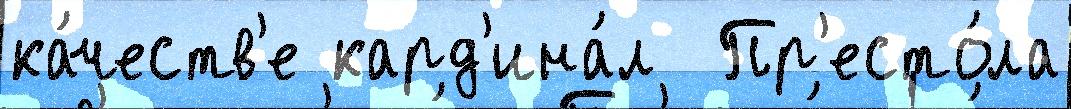
ка́честв'е кард'ина́л  Пр'есто́ла